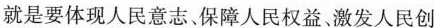
就是要体现人民意志、保障人民权益、激发人民创